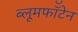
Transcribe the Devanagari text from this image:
ब्लूमफॉँटेन